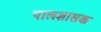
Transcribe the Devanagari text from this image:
पालशासक